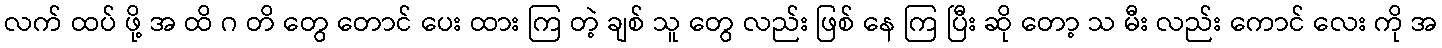
လက် ထပ် ဖို့ အ ထိ ဂ တိ တွေ တောင် ပေး ထား ကြ တဲ့ ချစ် သူ တွေ လည်း ဖြစ် နေ ကြ ပြီး ဆို တော့ သ မီး လည်း ကောင် လေး ကို အ